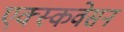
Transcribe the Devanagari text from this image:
एक्स्कवेसन